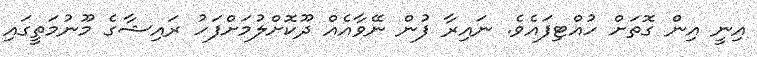
އިނީ އިން ގޮތަށް ހުއްޓިފައެވެ. ނައިރާ ފުން ނޭވާއެއް ދޫކޮށްލުމަށްފަހު ރައިޝާގެ މޫނުމަތީގައި